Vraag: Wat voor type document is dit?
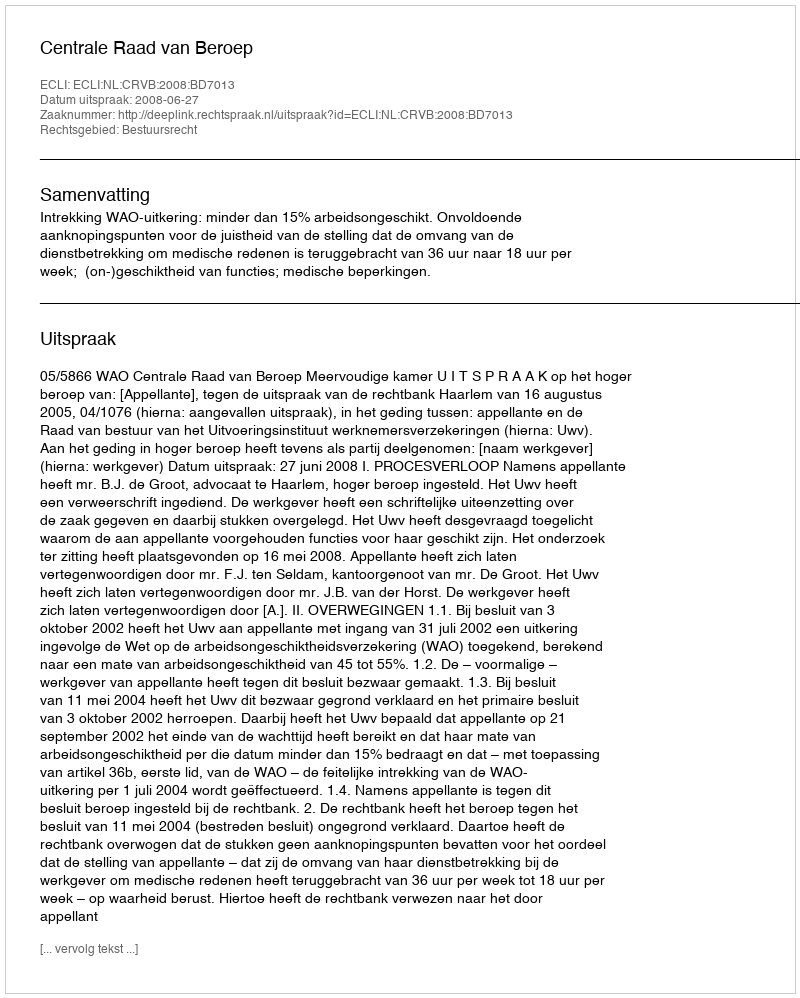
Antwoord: Uitspraak